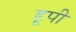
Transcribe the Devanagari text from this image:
हूपी